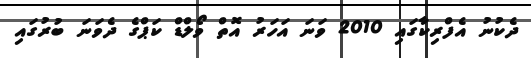
ދެކުނު އެފްރިކާގައި 2010 ވަނަ އަހަރު އޮތް ވޯލްޑް ކަޕްގެ ދެވަނަ ބުރުގައި